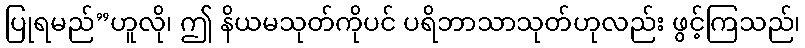
ပြုရမည်”ဟူလို၊ ဤ နိယမသုတ်ကိုပင် ပရိဘာသာသုတ်ဟုလည်း ဖွင့်ကြသည်၊